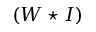
( W \star I )